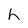
Character: h